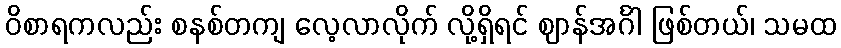
ဝိစာရကလည်း စနစ်တကျ လေ့လာလိုက် လို့ရှိရင် ဈာန်အင်္ဂါ ဖြစ်တယ်၊ သမထ